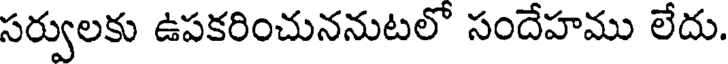
సర్వులకు ఉపకరించుననుటలో సందేహము లేదు.